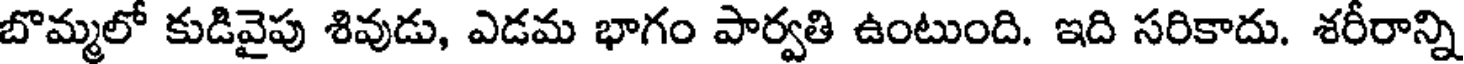
బొమ్మలో కుడివైపు శివుడు, ఎడమ భాగం పార్వతి ఉంటుంది. ఇది సరికాదు. శరీరాన్ని